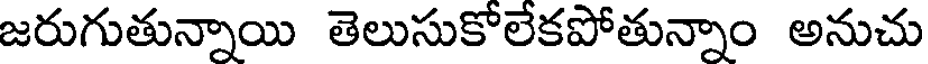
జరుగుతున్నాయి తెలుసుకోలేకపోతున్నాం అనుచు